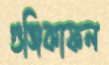
গুঞ্জিকাফল